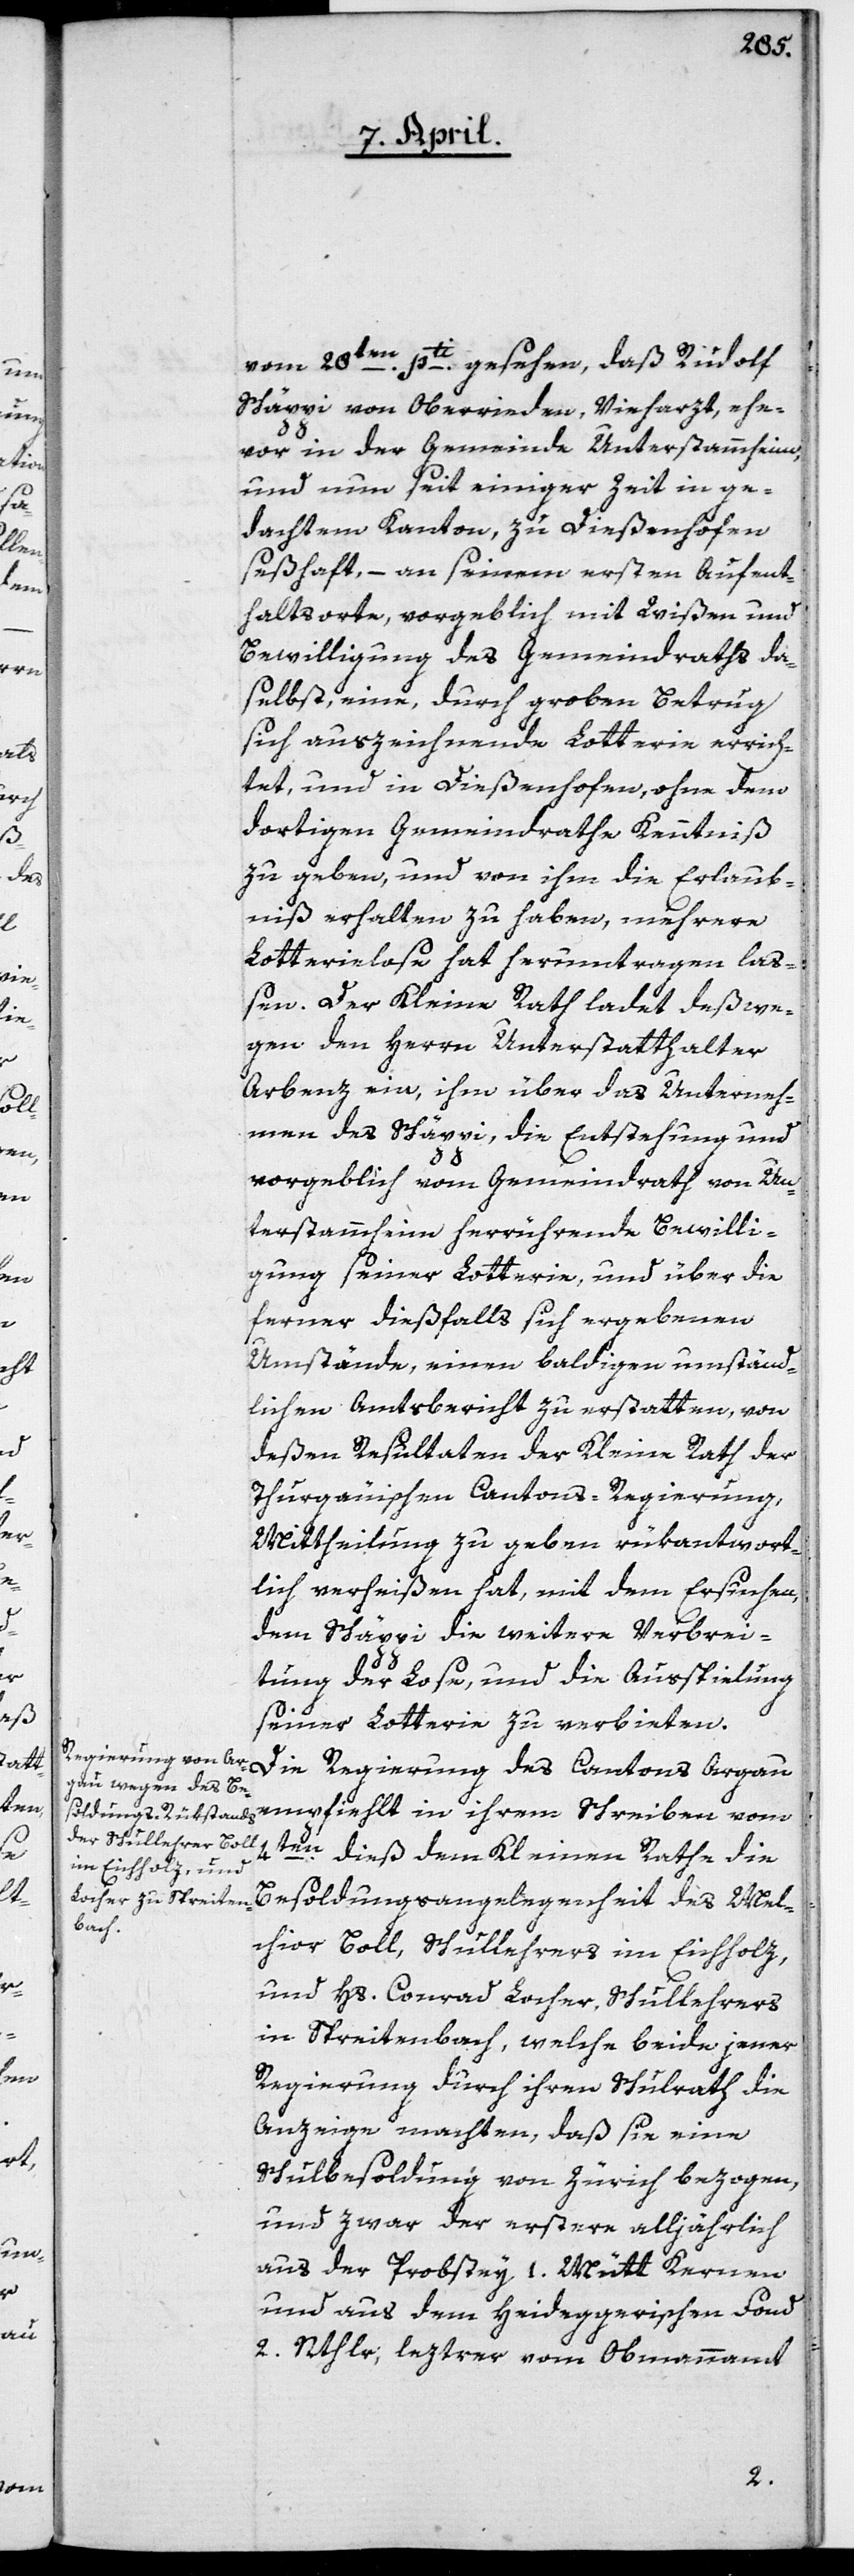
vom 28ten pti gesehen, daß Rudolf
Schäppi von Oberrieden, Vieharzt, ehe¬
vor in der Gemeinde Unterstammheim,
und nun seit einiger Zeit in ge¬
dachtem Kanton zu Dießenhofen
seßhaft, – an seinem ersten Aufent¬
haltsorte, vorgeblich mit Wißen und
Bewilligung des Gemeindraths da¬
selbst, eine, durch groben Betrug
sich auszeichnende Lotterie errich¬
tet, und in Dießenhofen, ohne dem
dortigen Gemeindrathe Kenntniß
zu geben, und von ihm die Erlaub¬
niß erhalten zu haben, mehrere
Lotterielose hat herumtragen laß¬
en. Der Kleine Rath ladet deßwe¬
gen den Herrn Unterstatthalter
Arbenz ein, ihm über das Unterneh¬
men des Schäppi, die Entstehung und
vorgeblich vom Gemeindrath von Un¬
terstammheim herrührende Bewilli¬
gung seiner Lotterie, und über die
ferner dießfalls sich ergebenen
Umstände, einen baldigen umständ¬
lichen Amtsbericht zu erstatten, von
deßen Resultaten der Kleine Rath der
Thurgauischen Cantons-Regierung
Mittheilung zu geben rükantwort¬
lich verheißen hat, mit dem Ersuchen,
dem Schäppi die weitere Verbrei¬
tung der Lose und die Ausspielung
seiner Lotterie zu verbieten.
Die Regierung des Cantons Argau
empfiehlt in ihrem Schreiben vom
4ten dieß dem Kleinen Rathe die
Besoldungsangelegenheit des Mel¬
chior Boll, Schullehrers im Eichholz,
und Hs. Conrad Locher, Schullehrers
in Spreitenbach, welche beide jener
Regierung durch ihren Schulrath die
Anzeige machten, daß sie eine
Schulbesoldung von Zürich bezogen,
und zwar der erstere alljährlich
aus der Probstey 1. Mütt Kernen
und aus dem Heideggerischen Fond
2. Nthler; leztrer vom Obmannamt